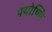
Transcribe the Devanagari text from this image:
पयोष्णि